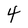
Character: 4